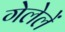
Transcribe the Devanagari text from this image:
गेलेलें